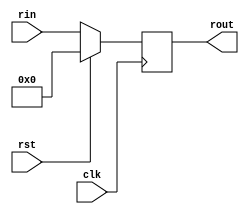
//-----------------PIPO--------------------//

module pipo(input[31:0]rin,input clk,rst,output reg [31:0]rout);
always@(posedge clk )
 begin
  if(rst) rout<=31'd0;
  else rout<=rin;
 end
endmodule